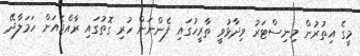
މީގެ އިތުރުން މިނިސްޓަރު ވިދާޅުވީ ތާރީހުގައި ފެންނަން ހުރި ގޮތުގައި ރާއްޖެއަށް ހަމަލާދޭ